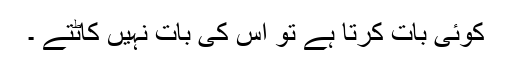
کوئی بات کرتا ہے تو اس کی بات نہیں کاٹتے ۔